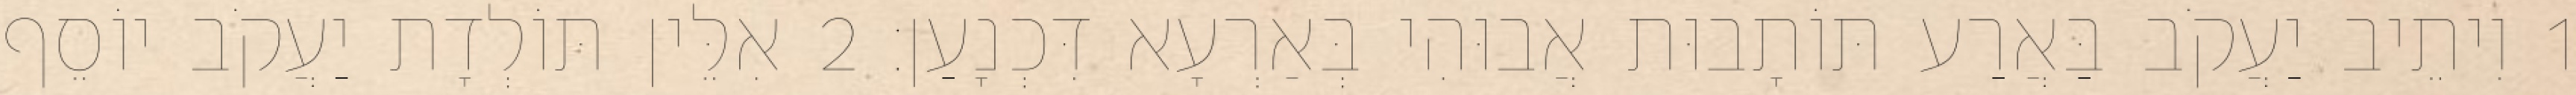
1 וִיתֵיב יַעֲקֹב בַּאֲרַע תּוֹתָבוּת אֲבוּהִי בְּאַרְעָא דִּכְנָעַן׃ 2 אִלֵּין תּוֹלְדָת יַעֲקֹב יוֹסֵף